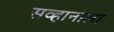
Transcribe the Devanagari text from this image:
सव्हानाला